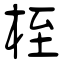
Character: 桎